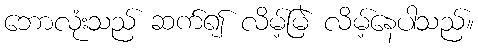
ဘောလုံးသည် ဆက်၍ လိမ့်မြဲ လိမ့်နေပါသည်။